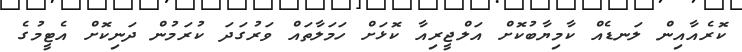
ކޮރެއާއިން ލަނޑެއް ކާމިޔާބުކޮށް އަލްޖީރިއާ ކޮޅަށް ހަމަލާތައް ވަރުގަދަ ކުރަމުން ދަނިކޮށް އެޓީމުގެ